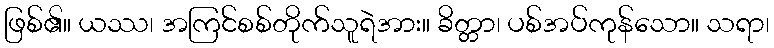
ဖြစ်၏။ ယဿ၊ အကြင်စစ်တိုက်သူရဲအား။ ခိတ္တာ၊ ပစ်အပ်ကုန်သော။ သရာ၊